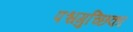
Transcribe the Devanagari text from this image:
पश्चगुच्छिका